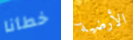
خطأنا الأرضية